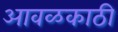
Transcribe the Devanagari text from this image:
आवळकाठी